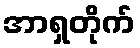
အာရှတိုက်